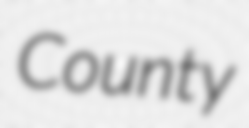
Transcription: County